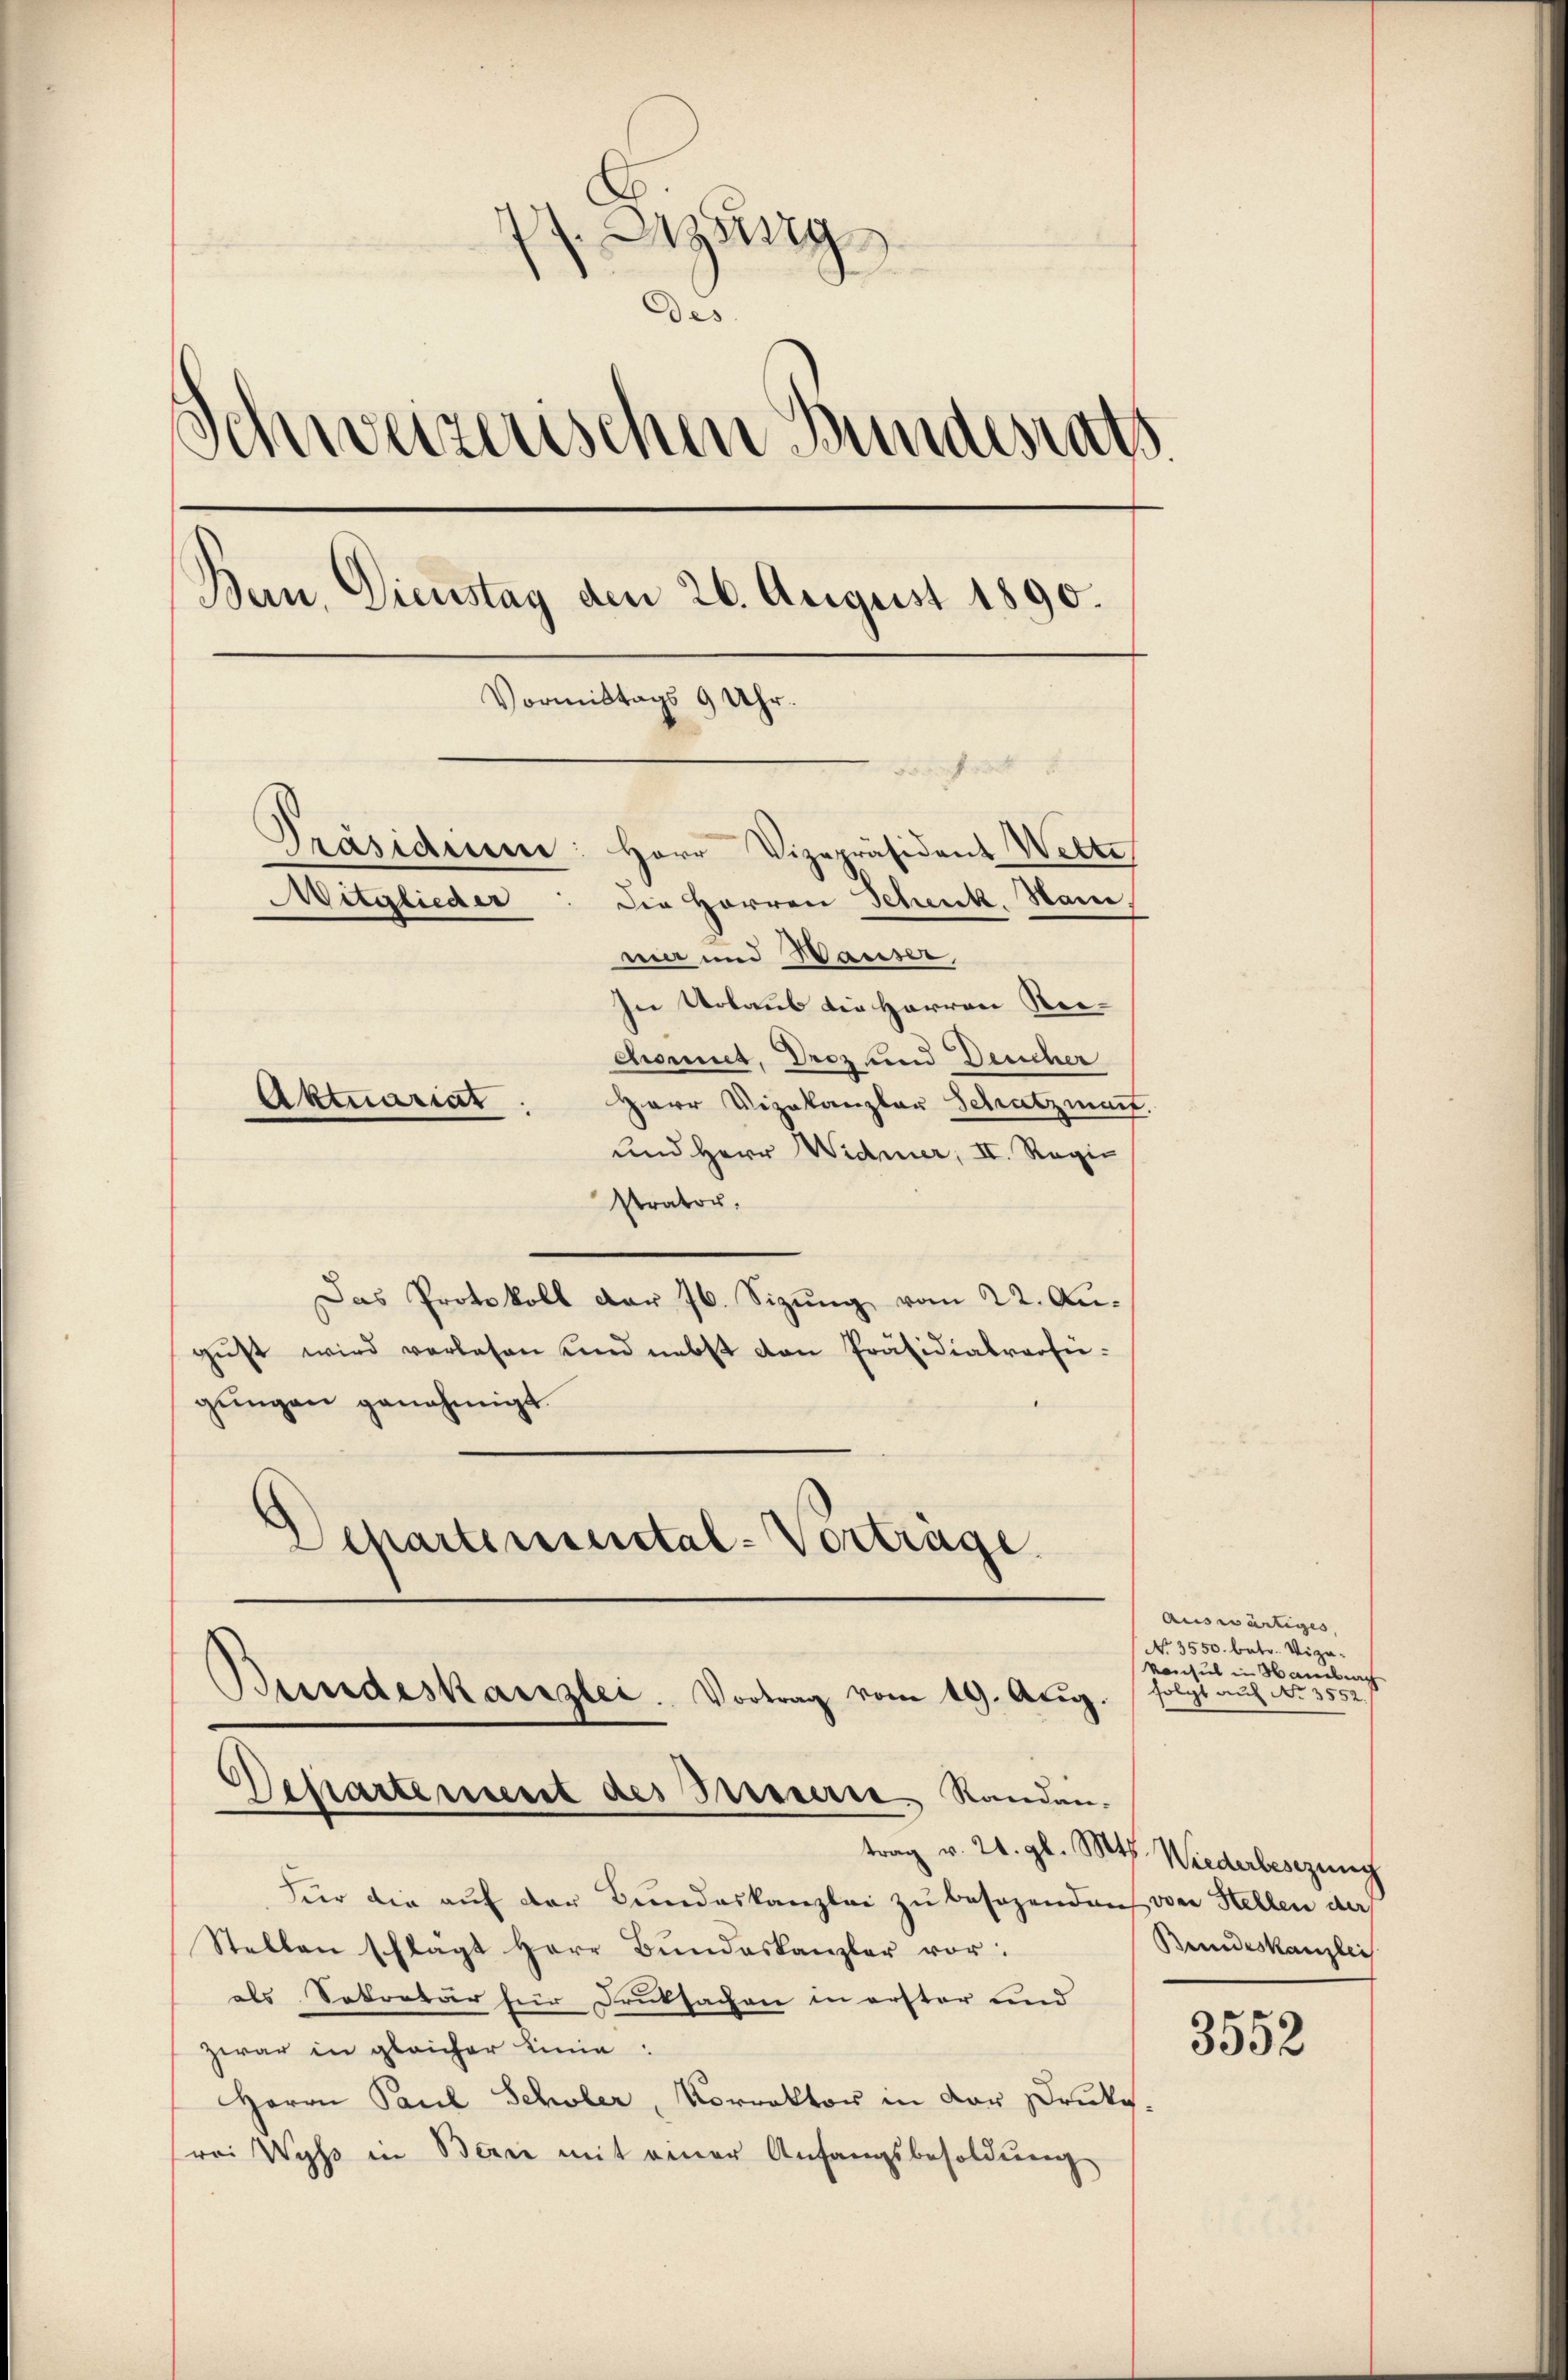
77. Btzung
des
Schweizerischen Bundesrath
Bern. Dienstag den 26. August 1890.
Vormittags 9 Uhr.
dort
Präsidiu
Herr Vizepräsident Wette
Mitglieder
Die Herren Schenk. Hane,
ma und Waiser,
In Urlaub die Herren Reichomit, Droz und Deucher
Aktuariat
Herr Vizekanzler Schatzmait.

und Herr Widmer, II. Regie
strator,
Das Protokoll dar 76. Sizŭng vom 22. Augŭst wird verlesen und nebst von Präsidialversigungen genehmigt.
Departemental-Vorträge

Bundeskanzlei. Vortrag vom 19. Aŭg.
Desartement des Streuerte. Standen.

Für die auf der Bundeskanzlei zu besagenden von Stellen der
Stellen schlägt Herr Bŭndeskanzler vor:
als Sekretär für Druksachen in erster und
zwar in gleicher Linie:
Herrn Paul Schler, Vorrektor in der Druke,
rei Wyss in Bern mit einer Anfangsbesoldŭng

auswärtiges,
No. 3550. betr. Viza¬
Konsul in Hambach
folgt auf No 3552.

trag v. 24. gl. Mts. Wiederbesezung
Bundeskanzlei

3552